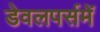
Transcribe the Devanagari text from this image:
डेवलपर्समें